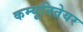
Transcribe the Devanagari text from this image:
कम्यूनितेयर